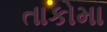
તાકોમા